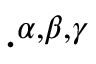
\cdot ^ { \alpha , \beta , \gamma }